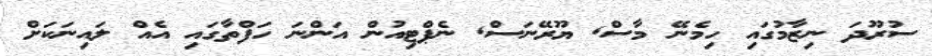
ސުރޫދަ ނިޒާމުގައި ހިމެނޭ މާސް